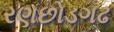
રણછોડગઢ